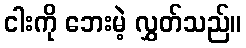
ငါးကို ဘေးမဲ့ လွှတ်သည်။